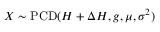
X \sim \operatorname { P C D } ( H + \Delta H , g , \mu , \sigma ^ { 2 } )